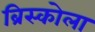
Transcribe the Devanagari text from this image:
ब्रिस्कोला